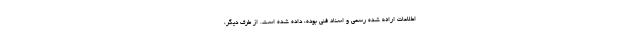
اطلاعات ارائه شده رسمی و اسناد فنی بوده، داده شده است. از طرف دیگر،